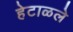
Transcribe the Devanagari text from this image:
हेटाळले